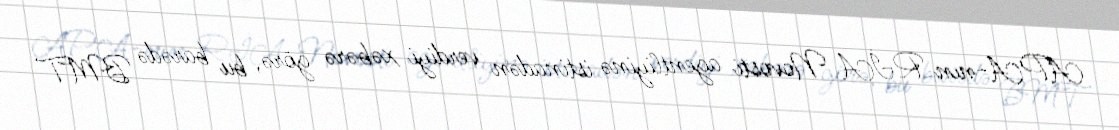
APA-nın RİA Novosti agentliyinə istinadən verdiyi xəbərə görə, bu barədə BMT